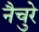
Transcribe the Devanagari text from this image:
नैचुरे